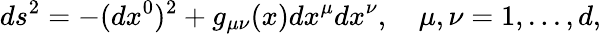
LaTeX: ds^{2}=-(dx^{0})^{2}+g_{\mu\nu}(x)dx^{\mu}dx^{\nu},\quad\mu,\nu=1,...,d,